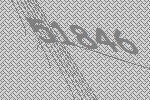
51846